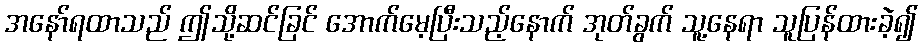
အနော်ရထာသည် ဤသို့ဆင်ခြင် အောက်မေ့ပြီးသည့်နောက် အုတ်ခွက် သူ့နေရာ သူပြန်ထားခဲ့၍